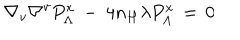
\nabla _ { v } \nabla ^ { v } P _ { \Lambda } ^ { x } \, - \ 4 n _ { H } \lambda P _ { \Lambda } ^ { x } \, = \, 0